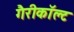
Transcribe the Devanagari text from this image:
गैरीकॉल्ट